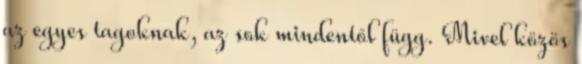
az egyes tagoknak, az sok mindentől függ. Mivel közös